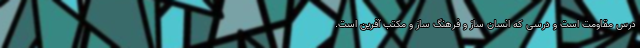
درس مقاومت است و درسی که انسان ساز و فرهنگ ساز و مکتب آفرین است.